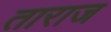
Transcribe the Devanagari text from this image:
ताराज